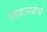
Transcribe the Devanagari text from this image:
शिवारायांचे